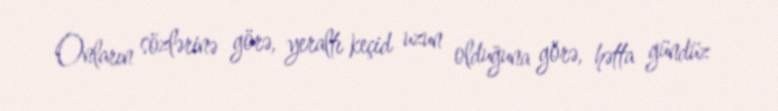
Onların sözlərinə görə, yeraltı keçid uzun olduğuna görə, hətta gündüz